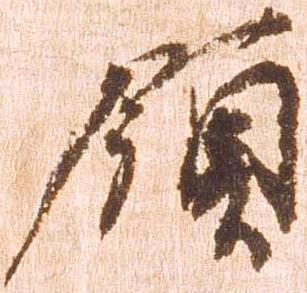
領